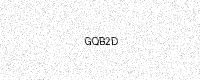
Text: GQB2D